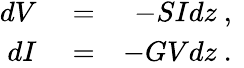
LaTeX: \begin{array}{rlr}{dV}&{{}=}&{-SIdz\mathrm{~,~}}\\ {dI}&{{}=}&{-GVdz\mathrm{~.~}}\end{array}